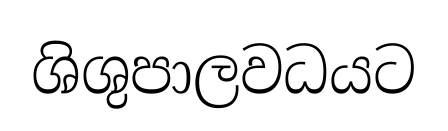
ශිශුපාලවධයට